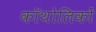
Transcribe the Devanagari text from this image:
कॉथोलिकों